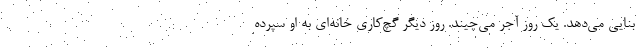
بنایی می‌دهد. یک روز آجر می‌چیند. روز دیگر گچ‌کاری خانه‌ای به او سپرده